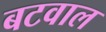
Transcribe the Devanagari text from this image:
बटवाल